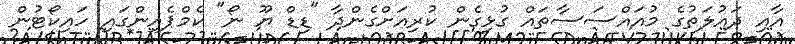
އާއި ދައުލަތުގެ މުއައްސަސާތައް ގުޅިގެން ކުރިއަށްގެންދާ "ޑިޑް ޔޫ ނޯ" ކެމްޕެއިންގައި ހައިކޯޓުން